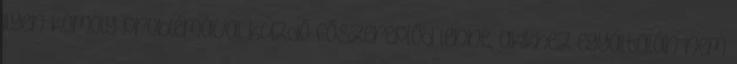
ilyen komoly problémával küzdő főszereplőd lenne, akikhez egyáltalán nem